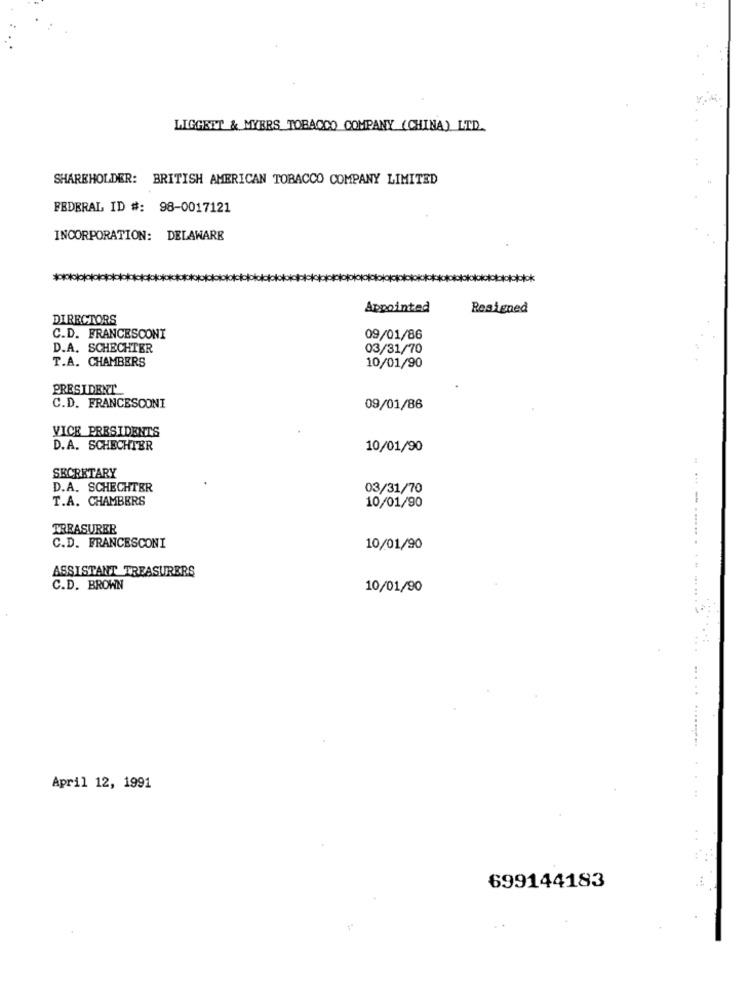
LIGGEET & MYERS TOBACCO COMPANY (CHINA) LTD.
SHAREHOLDER: BRITISH AMERICAN TOBACCO COMPANY LIMITED
FEDERAL ID #: 98-0017121
INCORPORATION: DELAWARE
**
Appointed
Resigned
DIRECTORS
C.D. FRANCESCONI
09/01/86
D.A. SCHECHTER
03/31/70
T.A. CHAMBERS
10/01/90
PRESIDENT
C.D. FRANCESCONI
09/01/86
VICE PRESIDENTS
D.A. SCHECHTER
10/01/90
SECRETARY
D.A. SCHECHTER
03/31/70
T.A. CHAMBERS
10/01/90
TREASURER
... .
C.D. FRANCESCONI
10/01/90
ASSISTANT TREASURERS
C.D. BROWN
10/01/90
April 12, 1991
699144183